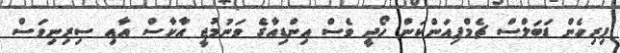
ފިރިހެން ޑަބަލްސް ޗެމްޕިއަންކަން ހޯދީ ވެސް އިންޑިއާގެ ވަނުމުޖީ އާކާސް އާއި ސިރިނިވަސް